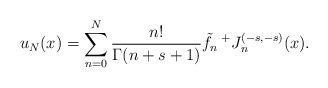
\begin{align*}u_N(x)=\sum_{n=0}^N \frac{n!}{\Gamma(n+s+1)}\tilde{f}_n \prescript{+}{}{J}_{n}^{(-s,-s)}(x).\end{align*}